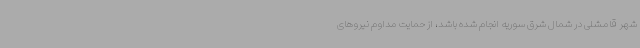
شهر قامشلی در شمال شرق سوریه انجام شده باشد، از حمایت مداوم نیروهای